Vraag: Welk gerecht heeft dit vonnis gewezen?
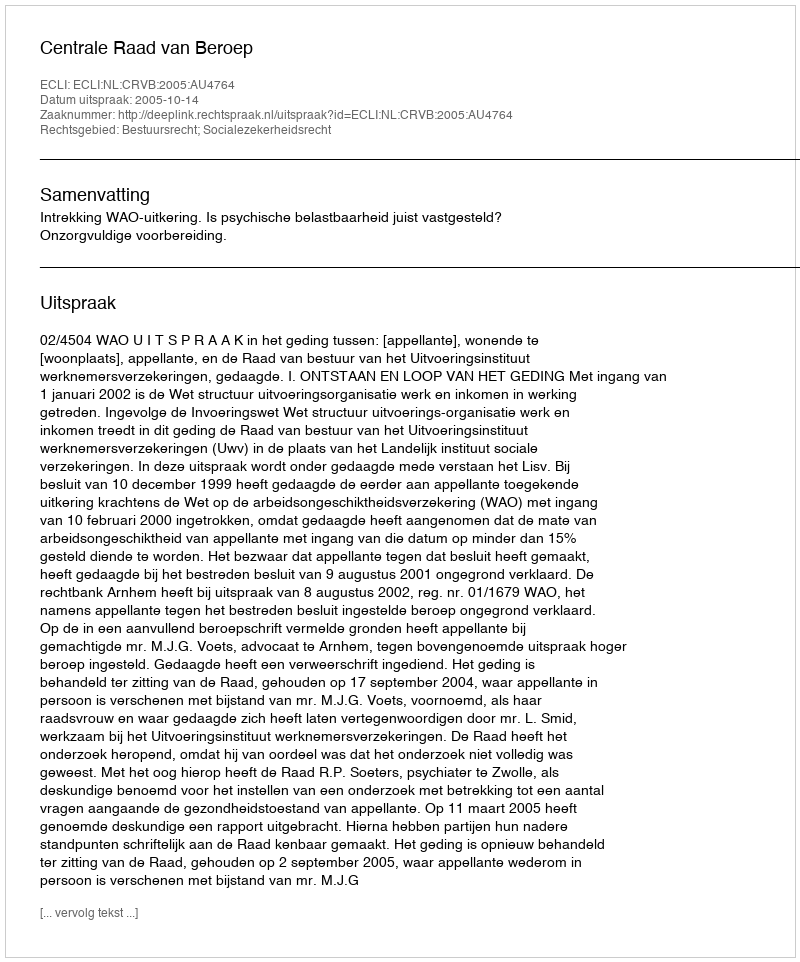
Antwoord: Centrale Raad van Beroep